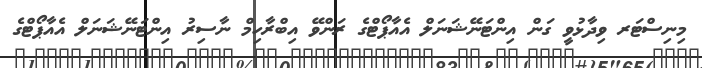
މިނިސްޓަރ ވިދާޅުވީ ގަން އިންޓަނޭޝަނަލް އެއާޕޯޓްގެ ރަންވޭ އިބްރާހިމް ނާސިރު އިންޓަނޭޝަނަލް އެއާޕޯޓްގެ